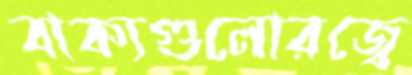
বাক্যগুলোরজ্বে